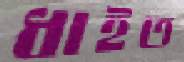
ধাইত